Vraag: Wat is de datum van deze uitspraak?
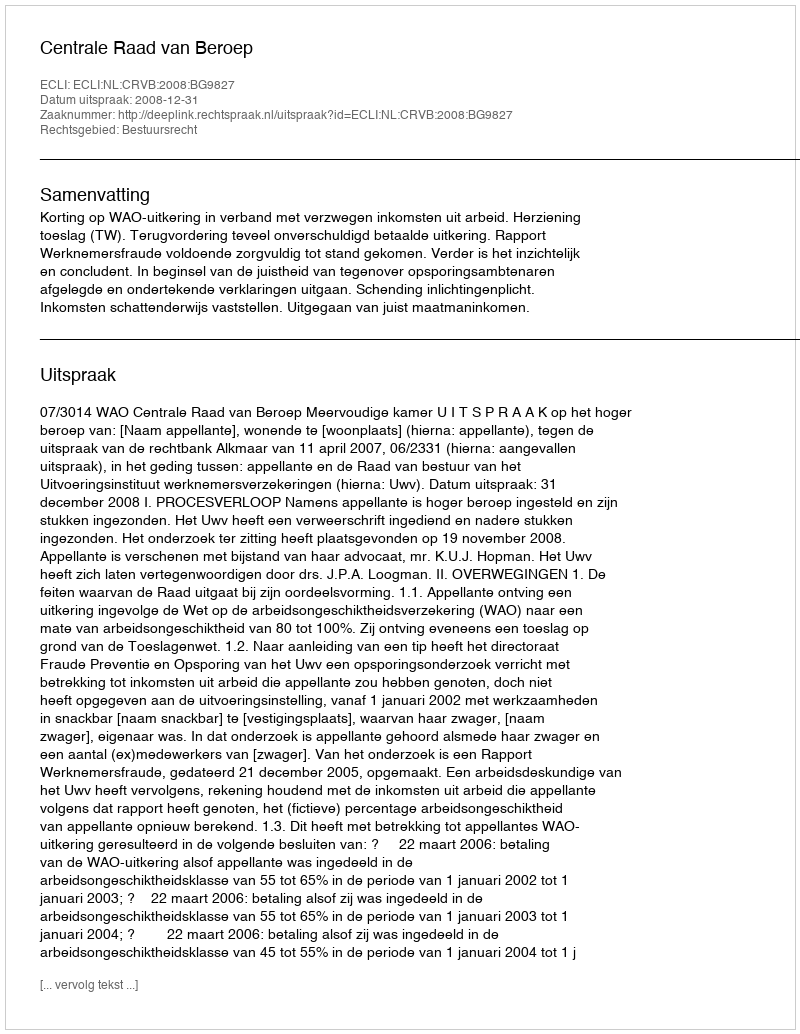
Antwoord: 2008-12-31